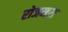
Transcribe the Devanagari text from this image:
रोजमरा